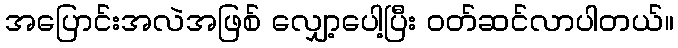
အပြောင်းအလဲအဖြစ် လျှော့ပေါ့ပြီး ဝတ်ဆင်လာပါတယ်။